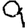
Digit: 9